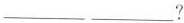
___ ___?